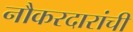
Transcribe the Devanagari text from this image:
नौकरदारांची